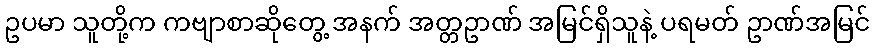
ဥပမာ သူတို့က ကဗျာစာဆိုတွေ့ အနက် အတ္တဥာဏ် အမြင်ရှိသူနဲ့ ပရမတ် ဥာဏ်အမြင်